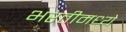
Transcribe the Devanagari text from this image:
भरतीमध्ये